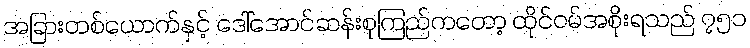
အခြားတစ်ယောက်နှင့် ဒေါ်အောင်ဆန်းစုကြည်ကတော့ ထိုင်ဝမ်အစိုးရသည် ၇၅၁